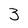
Character: 3